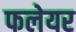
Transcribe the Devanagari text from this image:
फलेयर